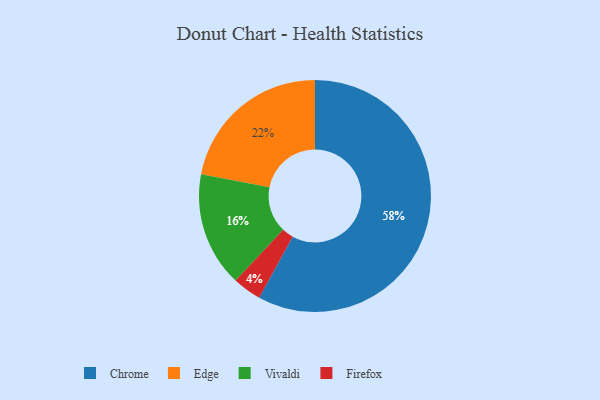
{"axis": {"x": "Category", "y": "Percentage"}, "legend": ["Chrome", "Edge", "Firefox", "Vivaldi"], "data": [{"x": "Firefox", "y": 4, "type": "Firefox"}, {"x": "Edge", "y": 22, "type": "Edge"}, {"x": "Vivaldi", "y": 16, "type": "Vivaldi"}, {"x": "Chrome", "y": 58, "type": "Chrome"}]}